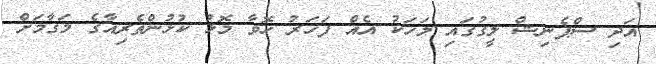
އަދި ސްޕެނިޝް ލީގުގައި މަހަކު އެއް ފަހަރު ހޮވާ މޮޅު ކުޅުންތެރިއާގެ މަގާމަށް